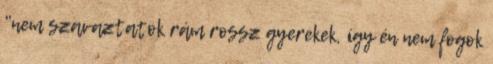
"nem szavaztatok rám rossz gyerekek, így én nem fogok